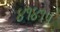
૪૧૪૧૫